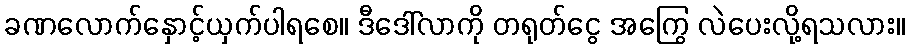
ခဏလောက်နှောင့်ယှက်ပါရစေ။ ဒီဒေါ်လာကို တရုတ်ငွေ အကြွေ လဲပေးလို့ရသလား။